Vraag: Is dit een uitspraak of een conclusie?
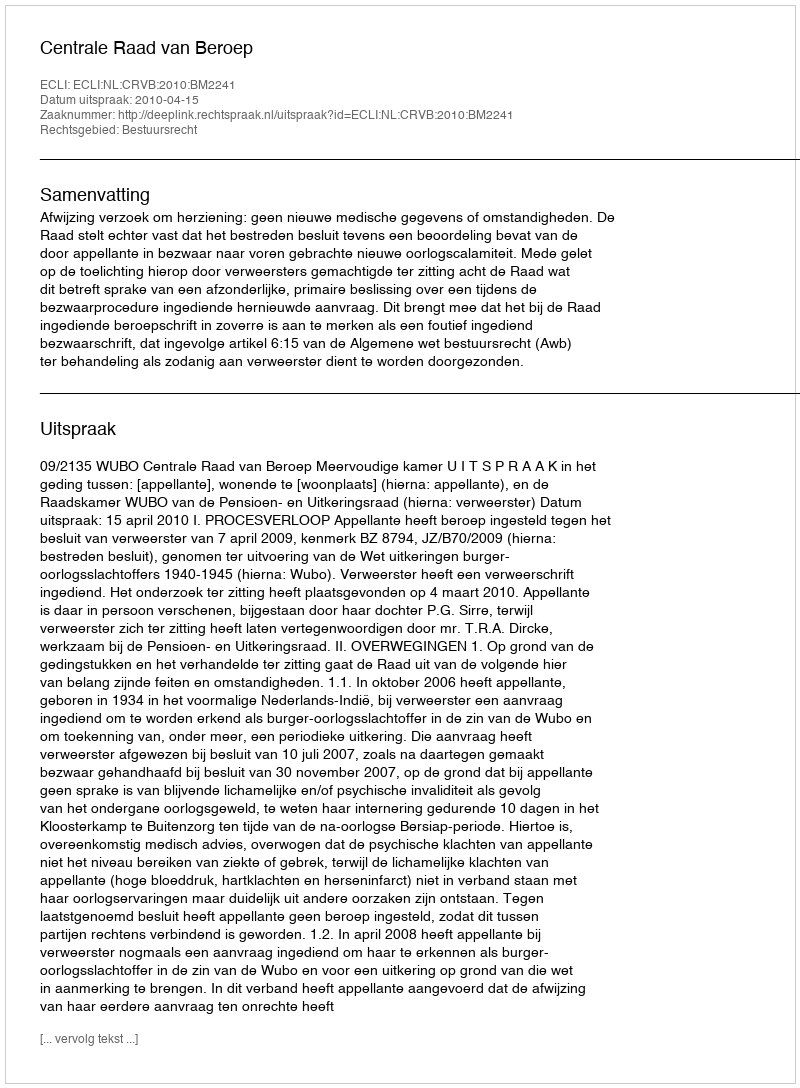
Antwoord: Uitspraak